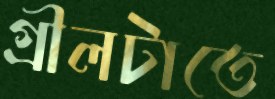
গ্রীলটাতে